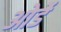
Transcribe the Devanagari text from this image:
ओर्डे